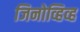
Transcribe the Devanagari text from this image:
जिनोव्हिव्ह